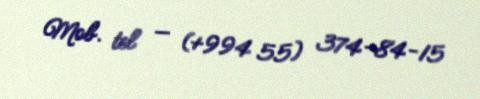
Mob. tel — (+994 55) 374-84-15